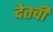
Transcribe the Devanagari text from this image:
देतची